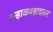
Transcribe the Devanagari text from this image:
पन्हाळगडावरुन